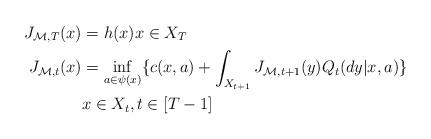
LaTeX: \begin{align*} J_{\mathcal{M},T}(x) & = h(x) x \in X_T \\ J_{\mathcal{M},t}(x) & =\inf_{a \in \psi(x)}\{ c(x,a) + \int_{X_{t+1}} J_{\mathcal{M},t+1}(y)Q_{t}(dy|x,a) \}\\ & x \in X_t, t \in [T-1] \end{align*}